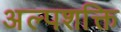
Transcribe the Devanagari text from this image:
अल्‍पशक्ति